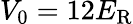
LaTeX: V_{0}=12E_{\mathrm{R}}